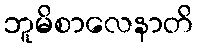
ဘူမိစာလေနာတိ